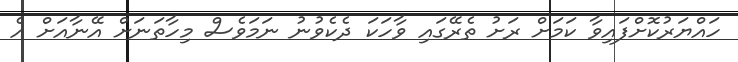
ހައްޔަރުކޮށްފައިވާ ކަމަށް ރަށު ތެރޭގައި ވާހަކަ ދެކެވުނު ނަމަވެސް މިހާތަނަށް އޭނާއަށް އެ